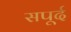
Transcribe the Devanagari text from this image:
सपूर्द